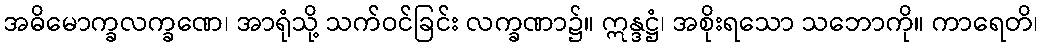
အဓိမောက္ခလက္ခဏေ၊ အာရုံသို့ သက်ဝင်ခြင်း လက္ခဏာ၌။ ဣန္ဒဋ္ဌံ၊ အစိုးရသော သဘောကို။ ကာရေတိ၊